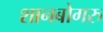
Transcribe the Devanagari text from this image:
शानबोगरु